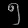
Digit: ၅